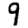
Digit: 9